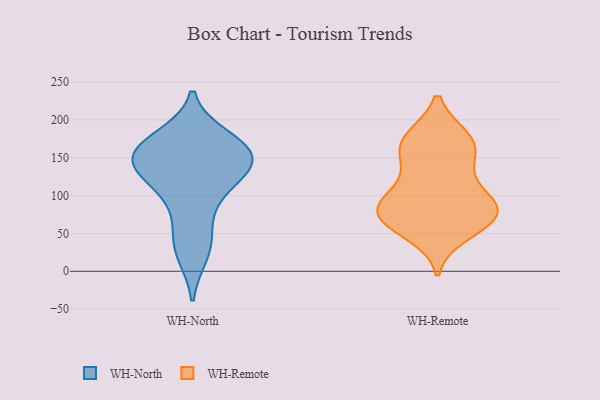
{"axis": {"x": "Bounce Rate (%)", "y": "Value"}, "legend": ["WH-North", "WH-Remote"], "data": [{"x": "", "y": 87, "type": "WH-North"}, {"x": "", "y": 166, "type": "WH-North"}, {"x": "", "y": 44, "type": "WH-North"}, {"x": "", "y": 176, "type": "WH-North"}, {"x": "", "y": 23, "type": "WH-North"}, {"x": "", "y": 134, "type": "WH-North"}, {"x": "", "y": 118, "type": "WH-North"}, {"x": "", "y": 135, "type": "WH-North"}, {"x": "", "y": 159, "type": "WH-North"}, {"x": "", "y": 148, "type": "WH-North"}, {"x": "", "y": 155, "type": "WH-North"}, {"x": "", "y": 66, "type": "WH-Remote"}, {"x": "", "y": 91, "type": "WH-Remote"}, {"x": "", "y": 159, "type": "WH-Remote"}, {"x": "", "y": 72, "type": "WH-Remote"}, {"x": "", "y": 175, "type": "WH-Remote"}, {"x": "", "y": 74, "type": "WH-Remote"}, {"x": "", "y": 170, "type": "WH-Remote"}, {"x": "", "y": 74, "type": "WH-Remote"}, {"x": "", "y": 89, "type": "WH-Remote"}, {"x": "", "y": 115, "type": "WH-Remote"}, {"x": "", "y": 87, "type": "WH-Remote"}, {"x": "", "y": 51, "type": "WH-Remote"}, {"x": "", "y": 175, "type": "WH-Remote"}, {"x": "", "y": 142, "type": "WH-Remote"}]}